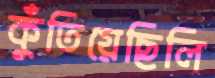
কুঁতিয়েছিলি